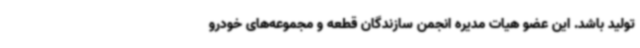
تولید باشد. این عضو هیات مدیره انجمن سازندگان قطعه و مجموعه‌های خودرو